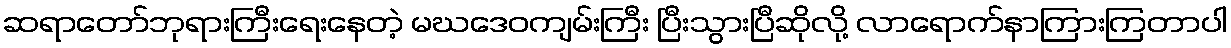
ဆရာတော်ဘုရားကြီးရေးနေတဲ့ မဃဒေဝကျမ်းကြီး ပြီးသွားပြီဆိုလို့ လာရောက်နာကြားကြတာပါ